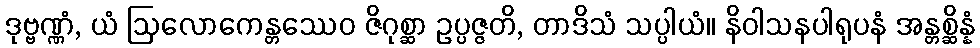
ဒုဗ္ဗဏ္ဏံ, ယံ ဩလောကေန္တဿေဝ ဇိဂုစ္ဆာ ဥပ္ပဇ္ဇတိ, တာဒိသံ သပ္ပါယံ။ နိဝါသနပါရုပနံ အန္တစ္ဆိန္နံ